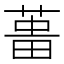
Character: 𦵰